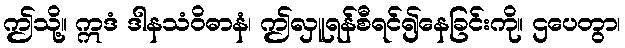
ဤသို့။ ဣဒံ ဒါနသံဝိဓာနံ၊ ဤလှူရန်စီရင်၍နေခြင်းကို။ ဌပေတွာ၊